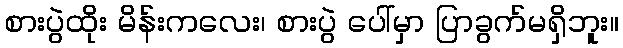
စားပွဲထိုး မိန်းကလေး၊ စားပွဲ ပေါ်မှာ ပြာခွက်မရှိဘူး။